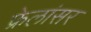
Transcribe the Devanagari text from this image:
फ्रेलांसर